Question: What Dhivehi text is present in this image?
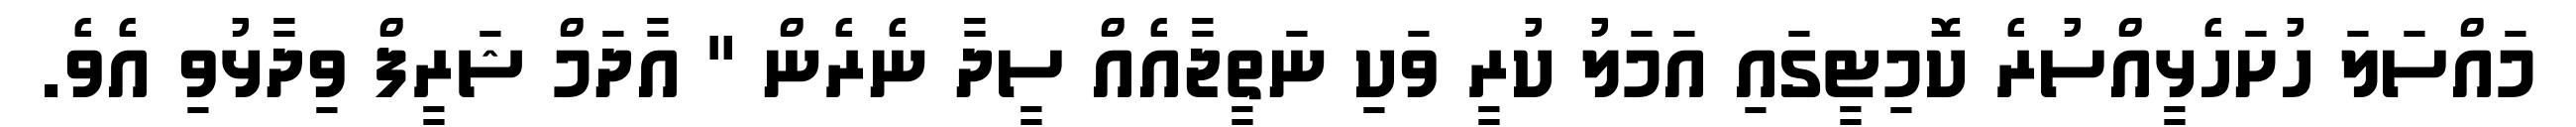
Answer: މައްސަލަ ހުށަހެޅީއްސުރެ ކޮމިޓީގައި އަމަލު ކުރީ ވަކި ނަތީޖާއެއް ސީދާ ނެރެން " އާދަމް ޝަރީފް ވިދާޅުވި އެވެ.